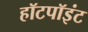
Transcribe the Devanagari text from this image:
हॉटपॉइंट